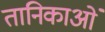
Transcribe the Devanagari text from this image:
तानिकाओं